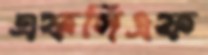
এফসিএফ